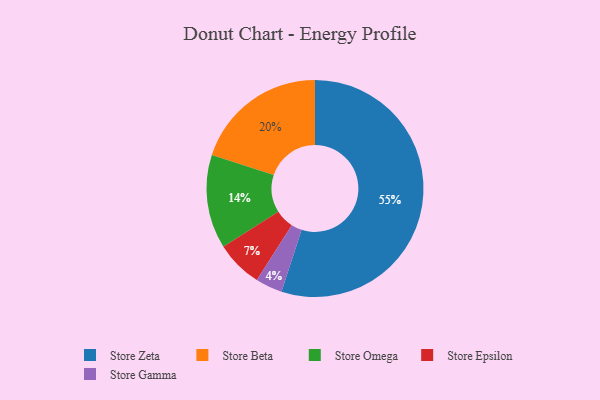
{"axis": {"x": "Category", "y": "Percentage"}, "legend": ["Store Beta", "Store Epsilon", "Store Gamma", "Store Omega", "Store Zeta"], "data": [{"x": "Store Omega", "y": 14, "type": "Store Omega"}, {"x": "Store Gamma", "y": 4, "type": "Store Gamma"}, {"x": "Store Zeta", "y": 55, "type": "Store Zeta"}, {"x": "Store Epsilon", "y": 7, "type": "Store Epsilon"}, {"x": "Store Beta", "y": 20, "type": "Store Beta"}]}